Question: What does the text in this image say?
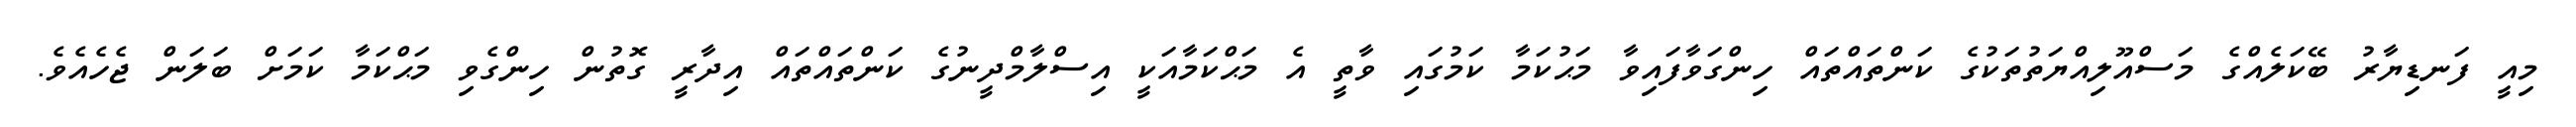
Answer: މިއީ ފަނޑިޔާރު ބޭކަލެއްގެ މަސްއޫލިއްޔަތުތަކުގެ ކަންތައްތައް ހިންގަވާފައިވާ މަޙުކަމާ ކަމުގައި ވާތީ އެ މަޙްކަމާއަކީ އިސްލާމްދީނުގެ ކަންތައްތައް އިދާރީ ގޮތުން ހިންގެވި މަޙްކަމާ ކަމަށް ބަލަން ޖެހެއެވެ.